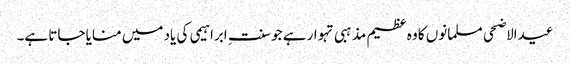
عیدالاضحی مسلمانوں کا وہ عظیم مذہبی تہوار ہے جو سنت ِ ابراہیمی کی یاد میں منایا جاتا ہے۔